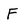
Character: F